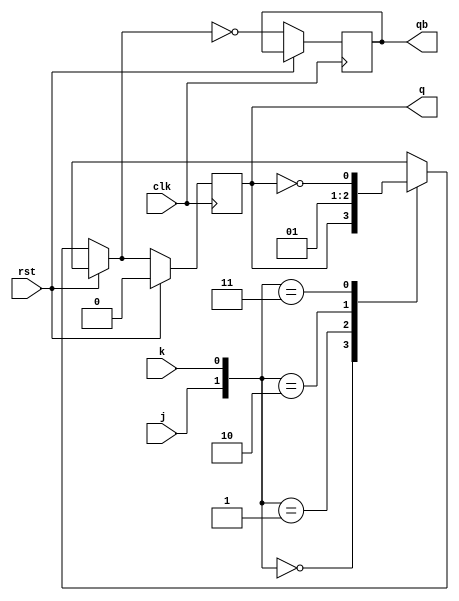
module jk_ff(j,k,rst,clk, q,qb);
  input j,k;
  input clk,rst;
  output reg q,qb;
  always@(posedge clk)
    begin
      if(!rst)
        begin
          case({j,k}) 
      2'b00 : q=q;
      2'b01 : q=0; 
      2'b10 : q=1;
      2'b11 : q=~q;
    endcase
                qb=~q;

        end
  else 
    q<=0;
 
    end
  
  
endmodule